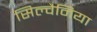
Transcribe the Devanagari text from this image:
सिल्वैनिया